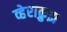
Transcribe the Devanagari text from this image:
व्हेराक्रुझ